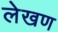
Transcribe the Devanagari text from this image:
लेखण